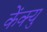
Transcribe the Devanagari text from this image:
केंक्यु